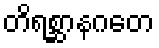
တိရစ္ဆာနဂတေ